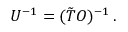
\begin{array} { r } { { U } ^ { - 1 } = ( \tilde { T } O ) ^ { - 1 } \, . } \end{array}